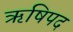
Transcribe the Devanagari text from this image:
ऋषिपद